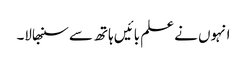
انہوں نے علم بائیں ہاتھ سے سنبھالا۔